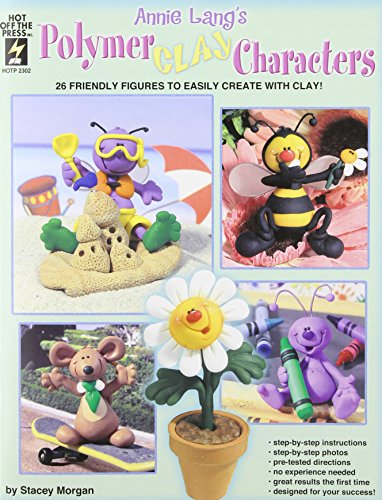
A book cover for Annie Lang's Polymer Clay Characters: 26 Friendly Figures to Easily Create With Clay!; Stacey Morgan; Crafts, Hobbies & Home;